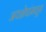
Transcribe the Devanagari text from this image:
अवशेषांमधून